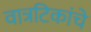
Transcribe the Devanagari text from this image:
वात्रटिकांचे